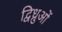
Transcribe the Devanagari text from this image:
द्विध्रुओं